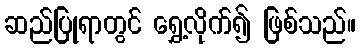
ဆည်ပြုရာတွင် ရွှေ့လိုက်၍ ဖြစ်သည်။